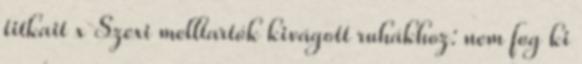
titkait x Szexi melltartók kivágott ruhákhoz: nem fog ki